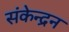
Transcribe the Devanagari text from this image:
संकेन्द्रन